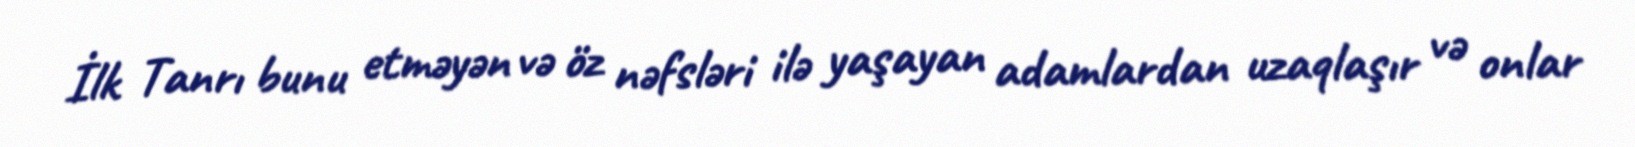
İlk Tanrı bunu etməyən və öz nəfsləri ilə yaşayan adamlardan uzaqlaşır və onlar